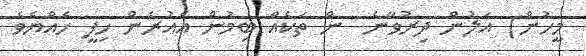
މީހުން) އަލުން ދިރުވާނެ  ން ތަކެއް ބިމުން އެއުރެން ހިފީ ހެއްޔެވެ